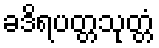
ခဒိရပတ္တသုတ္တံ